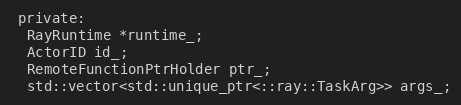
Language: C
 private:
  RayRuntime *runtime_;
  ActorID id_;
  RemoteFunctionPtrHolder ptr_;
  std::vector<std::unique_ptr<::ray::TaskArg>> args_;